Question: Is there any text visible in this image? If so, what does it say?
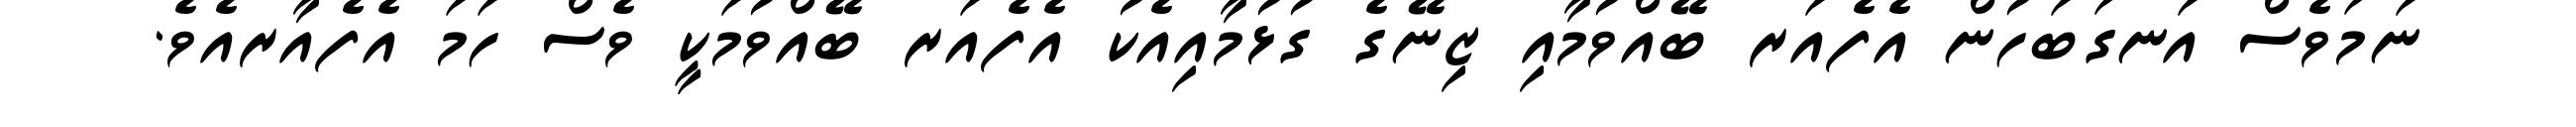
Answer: ނަމަވެސް އަނގަބަހުން އެފެއަރ ބޭއްވުމާއި ޒިނޭގެ ގުޅުމާއިއެކު އެފެއަރ ބޭއްވުމަކީ ވެސް ހަމަ އެފެއާރއެވެ.